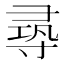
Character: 𡬶